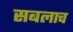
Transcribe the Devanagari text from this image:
सबलाच